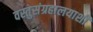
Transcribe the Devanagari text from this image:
वस्तुसंग्रहालयाशी